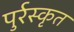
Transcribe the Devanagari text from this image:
पुर्रस्कृत